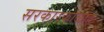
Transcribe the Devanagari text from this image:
सरकारकाळात